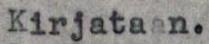
Kirjataan.